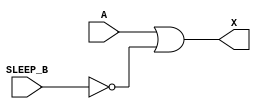
module sky130_fd_sc_lp__iso1n_3 (
    X      ,
    A      ,
    SLEEP_B
);
    output X      ;
    input  A      ;
    input  SLEEP_B;
    wire SLEEP;
    not not0 (SLEEP , SLEEP_B        );
    or  or0  (X     , A, SLEEP       );
endmodule